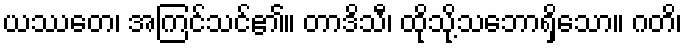
ယဿတေ၊ အကြင်သင်၏။ တာဒိသီ၊ ထိုသို့သဘောရှိသော။ ဂတိ၊